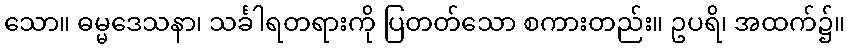
သော။ ဓမ္မဒေသနာ၊ သင်္ခါရတရားကို ပြတတ်သော စကားတည်း။ ဥပရိ၊ အထက်၌။